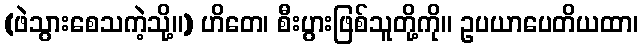
(ဖဲသွားစေသကဲ့သို့။) ဟိတေ၊ စီးပွားဖြစ်သူတို့ကို။ ဥပယာပေတိယထာ၊